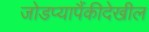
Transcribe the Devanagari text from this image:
जोडप्यापैंकीदेखील